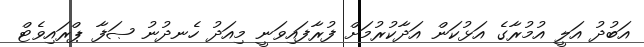
އަބުދު އަލީ އުމުރާގެ އަޅުކަން އަދާކުރުމަށް ފުރާފައިވަނީ މިއަދު ހެނދުނު ޞަފާ ޕްރައިވެޓް